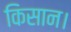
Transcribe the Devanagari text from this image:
किसान।